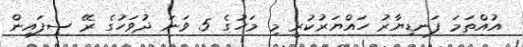
އުއްތަމަ ފަނޑިޔާރު ހައްޔަރުކުރީ މި މަހުގެ 5 ވަނަ ދުވަހުގެ ރޭ ސިފައިން